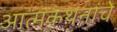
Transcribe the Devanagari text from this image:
आत्मकथनांचे